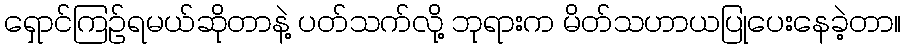
ရှောင်ကြဉ်ရမယ်ဆိုတာနဲ့ ပတ်သက်လို့ ဘုရားက မိတ်သဟာယပြုပေးနေခဲ့တာ။